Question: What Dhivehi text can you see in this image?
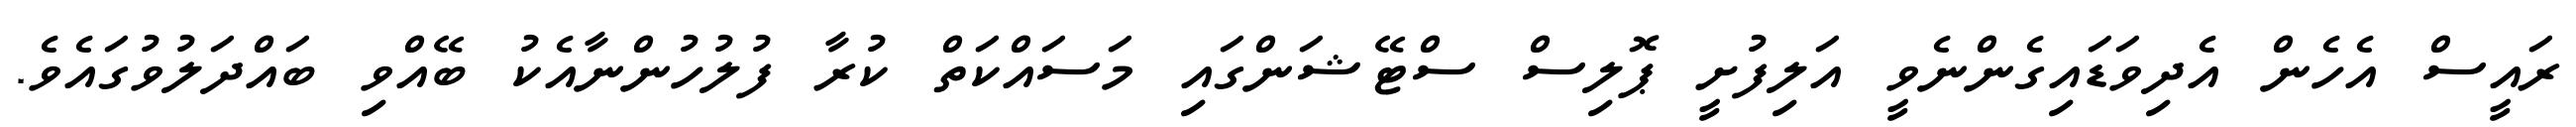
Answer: ރައީސް އެހެން އެދިވަޑައިގެންނެވީ އަލިފުށީ ޕޮލިސް ސްޓޭޝަންގައި މަސައްކަތް ކުރާ ފުލުހުންނާއެކު ބޭއްވި ބައްދަލުވުގައެވެ.